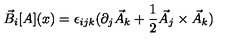
\vec { B } _ { i } [ A ] ( x ) = \epsilon _ { i j k } ( \partial _ { j } \vec { A } _ { k } + \frac { 1 } { 2 } \vec { A } _ { j } \times \vec { A } _ { k } )